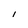
Character: l